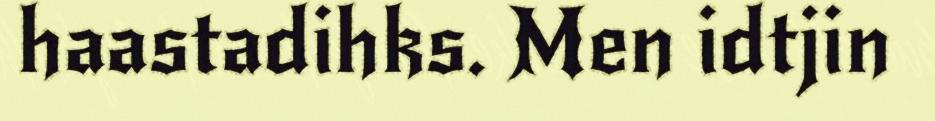
haastadihks. Men idtjin